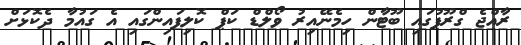
ރާއްޖެ ގްރޫޕުގައި ބޫޓާން ހިމެނޭއިރު ވޯލްޑް ކަޕް ކޮލިފައިންގައި އެ ގައުމާ ދެކޮޅަށް